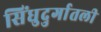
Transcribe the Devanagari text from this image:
सिंधुदुर्गातली